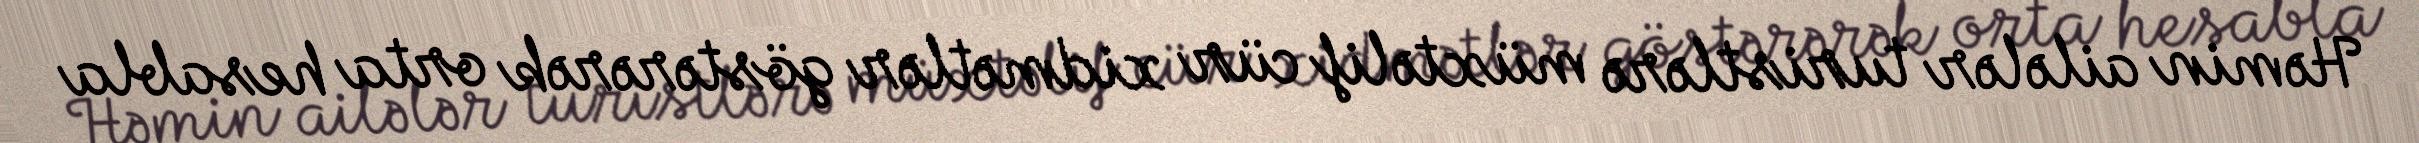
Həmin ailələr turistlərə müxtəlif cür xidmətlər göstərərək orta hesabla